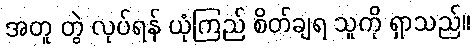
အတူ တွဲ လုပ်ရန် ယုံကြည် စိတ်ချရ သူကို ရှာသည်။